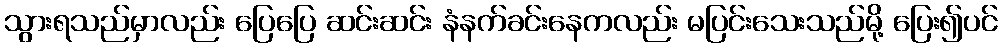
သွားရသည်မှာလည်း ပြေပြေ ဆင်းဆင်း နံနက်ခင်းနေကလည်း မပြင်းသေးသည်မို့ ပြေး၍ပင်